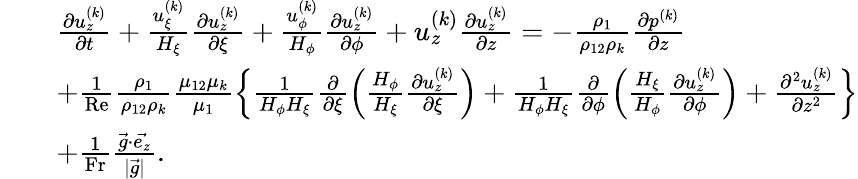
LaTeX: \begin{array}{rl}&{\begin{array}{rl}&{\frac{\partial u_{z}^{(k)}}{\partial t}+\frac{u_{\xi}^{(k)}}{H_{\xi}}\frac{\partial u_{z}^{(k)}}{\partial\xi}+\frac{u_{\phi}^{(k)}}{H_{\phi}}\frac{\partial u_{z}^{(k)}}{\partial\phi}+u_{z}^{(k)}\frac{\partial u_{z}^{(k)}}{\partial z}=-\frac{\rho_{1}}{\rho_{12}\rho_{k}}\frac{\partial p^{(k)}}{\partial z}}\\ &{+\frac{1}{\mathrm{Re}}\frac{\rho_{1}}{\rho_{12}\rho_{k}}\frac{\mu_{12}\mu_{k}}{\mu_{1}}\left\{ \frac{1}{H_{\phi}H_{\xi}}\frac{\partial}{\partial\xi}\left(\frac{H_{\phi}}{H_{\xi}}\frac{\partial u_{z}^{(k)}}{\partial\xi}\right)+\frac{1}{H_{\phi}H_{\xi}}\frac{\partial}{\partial\phi}\left(\frac{H_{\xi}}{H_{\phi}}\frac{\partial u_{z}^{(k)}}{\partial\phi}\right)+\frac{\partial^{2}u_{z}^{(k)}}{\partial z^{2}}\right\} }\\ &{+\frac{1}{\mathrm{Fr}}\frac{\vec{g}\cdot\vec{e_{z}}}{|\vec{g}|}.}\end{array}}\end{array}